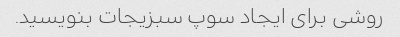
روشی برای ایجاد سوپ سبزیجات بنویسید.